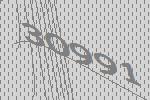
30991